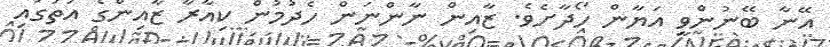
އޭނާ ބޭނުންވީ އަޔާން ހޯދާށެވެ. ޒާއިން ނާންނަން ހެދުމުން ކިއާރާ ޒާއިންގެ އަތުގައި